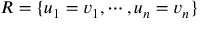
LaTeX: R = \{ u _ { 1 } = v _ { 1 } , \cdots , u _ { n } = v _ { n } \}